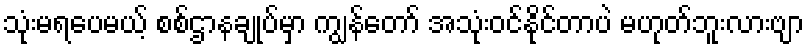
သုံးမရပေမယ့် စစ်ဌာနချုပ်မှာ ကျွန်တော် အသုံးဝင်နိုင်တာပဲ မဟုတ်ဘူးလားဗျာ